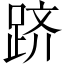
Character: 跻